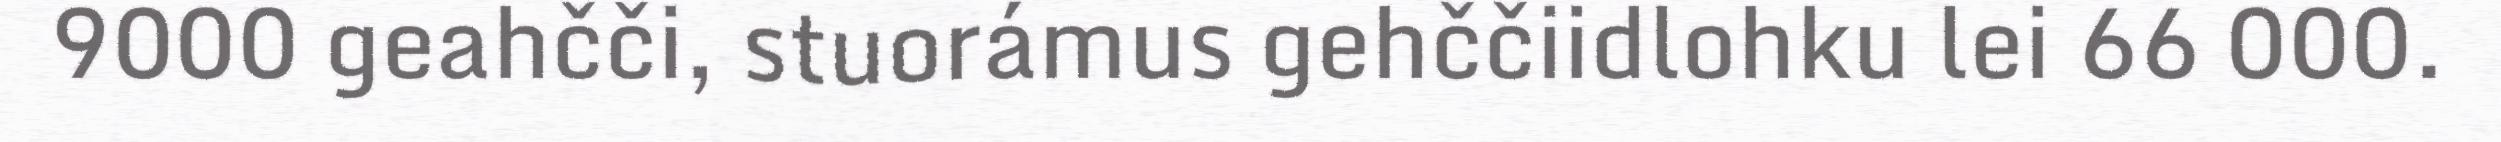
9000 geahčči, stuorámus gehččiidlohku lei 66 000.